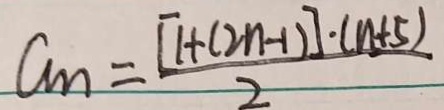
a _ { n } = \frac { [ 1 + ( 2 n - 1 ) ] \cdot ( n + 5 ) } { 2 }